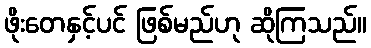
ဖိုးတေနှင့်ပင် ဖြစ်မည်ဟု ဆိုကြသည်။